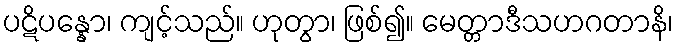
ပဋိပန္နော၊ ကျင့်သည်။ ဟုတွာ၊ ဖြစ်၍။ မေတ္တာဒီသဟဂတာနိ၊